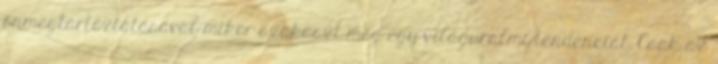
önmegtartóztatásával mikor szakaszt meg egy világuralmi tendenciát. Csak az